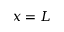
x = L